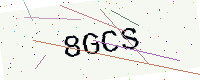
Text: 8GCS